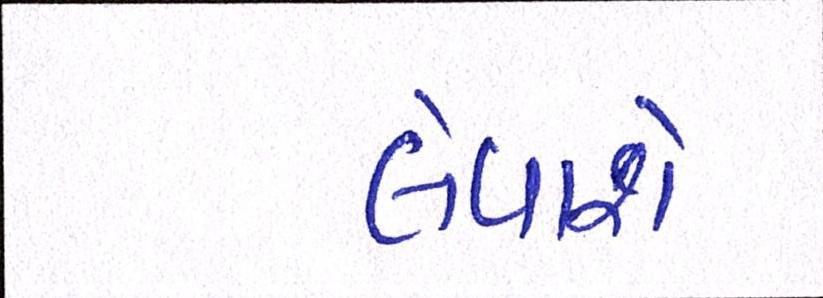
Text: લેવાશે